Vital statistics of India. Vol. V, Reports of 1876 on armies & jails and on epidemic cholera
Year: 1876
Disease focus: Cholera
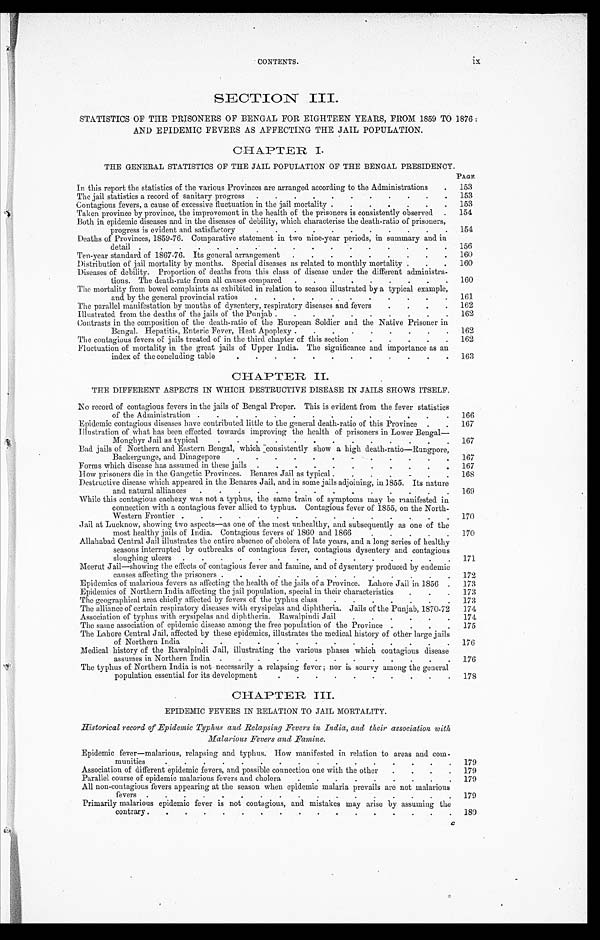
CONTENTS.
ix
SECTION III.
STATISTICS OF THE PRISONERS OF BENGAL FOR EIGHTEEN YEARS, FROM 1859 TO 1876 :
AND EPIDEMIC FEVERS AS AFFECTING THE JAIL POPULATION.
CHAPTER I.
THE GENERAL STATTSTICS OF THE JAIL POPULATION OF THE BENGAL PRESIDENCY.
PAGE
In this report the statistics of the various Provinces are arranged according to the Administrations . . .
153
The jail statistics a record of sanitary progress . . .
153
Contagious fevers, a cause of excessive fluctuation in the jail mortality . . .
153
Taken province by province, the improvement in the health of the prisoners is consistently observed . . .
154
Both in epidemic diseases and in the diseases of debility, which characterise the death-ratio of prisoners,
progress is evident and satisfactory . . .
154
Deaths of Provinces, 1859-76. Comparative statement in two nine-year periods, in summary and in
detail . . .
156
Ten-year standard of 1867-76. Its general arrangement . . .
160
Distribution of jail mortality by months. Special diseases as related to monthly mortality . . .
160
Diseases of debility. Proportion of deaths from this class of disease under the different administra
-
tions. The death-rate from all causes compared . . .
160
The mortality from bowel complaints as exhibited in relation to season illustrated by a typical example,
and by the general provincial ratios . . .
161
The parallel manifestation by mouths of dysentery, respiratory diseases and fevers . . .
162
Illustrated from the deaths of the jails of the Punjab . . .
162
Contrasts in the composition of the death-ratio of the European Soldier and the Native Prisoner in
Bengal. Hepatitis, Enteric Fever, Heat Apoplexy . . .
162
The contagious fevers of jails treated of in the third chapter of this section . . .
162
Fluctuation of mortality in the great jails of Upper India. The significance and importance as an
index of the concluding table . . .
163
CHAPTER II.
THE DIFFERENT ASPECTS IN WHICH DESTRUCTIVE DISEASE IN JAILS SHOWS ITSELF.
No record of contagious fevers in the jails of Bengal Proper. This is evident from the fever statistics
of the Administration . . .
166
Epidemic contagious diseases have contributed little to the general death-ratio of this Province . . .
167
Illustration of what has been effected towards improving the health of prisoners in Lower Bengal
—
Monghyr Jail as typical . . .
167
Bad jails of Northern and Eastern Bengal, which consistently show a high death-ratio—Rungpore,
Backergunge, and Dinagepore . . .
167
Forms which disease has assumed in these jails . . .
167
How prisoners die in the Gangetic Provinces. Benares Jail as typical . . .
168
Destructive disease which appeared in the Benares Jail, and in some jails adjoining, in 1855. Its nature
and natural alliances . . .
169
While this contagious cachexy was not a typhus, the same train of symptoms may be manifested in
connection with a contagious fever allied to typhus. Contagious fever of 1855, on the North
-
Western Frontier . . .
170
Jail at Lucknow, showing two aspects—as one of the most unhealthy, and subsequently as one of the
most healthy jails of India. Contagious fevers of 1860 and 1866 . . .
170
Allahabad Central Jail illustrates the entire absence of cholera of late years, and a long series of healthy
seasons interrupted by outbreaks of contagious fever, contagious dysentery and contagious
sloughing ulcers . . .
171
Meerut Jail—showing the effects of contagious fever and famine, and of dysentery produced by endemic
causes affecting the prisoners . . .
172
Epidemics of malarious fevers as affecting the health of the jails of a Province. Lahore Jail in 1856 . . .
173
Epidemics of Northern India affecting the jail population, special in their characteristics . . .
173
The geographical area chiefly affected by fevers of the typhus class . . .
173
The alliance of certain respiratory diseases with erysipelas and diphtheria. Jails of the Punjab, 1870-72
174
Association of typhus with erysipelas and diphtheria. Rawalpindi Jail . . .
1 7 4
The same association of epidemic disease among the free population of the Province . . .
175
The Lahore Central Jail, affected by these epidemics, illustrates the medical history of other large jails
of Northern India . . .
1 7 6
Medical history of the Rawalpindi Jail, illustrating the various phases which contagious disease
assumes in Northern India . . .
176
The typhus of Northern India is not necessarily a relapsing fever ; nor is scurvy among the general
population essential for its development . . .
1 7 8
CHAPTER, III.
EPIDEMIC FEVERS IN RELATION TO JAIL MORTALITY.
Historical record of Epidemic Typhus and Relapsing Fevers in India, and their association with
Malarious Fevers and Famine.
Epidemic fever—malarious, relapsing and typhus. How manifested in relation to areas and com
-
munities . . .
179
Association of different epidemic fevers, and possible connection one with the other . . .
179
Parallel course of epidemic malarious fevers and cholera . . .
179
All non-contagious fevers appearing at the season when epidemic malaria prevails are not malarious
fevers . . .
179
Primarily malarious epidemic fever is not contagious, and mistakes may arise by assuming the
contrary . . .
180